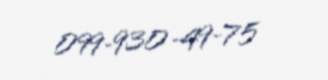
099-930-49-75